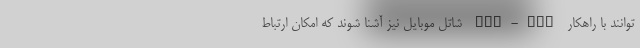
‌توانند با راهکار APN-VPN شاتل موبایل نیز آشنا شوند که امکان ارتباط